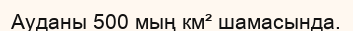
Ауданы 500 мың км² шамасында.